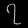
Digit: ၇